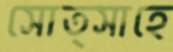
সোত্সাহে